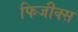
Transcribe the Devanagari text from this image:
फिजीक्स